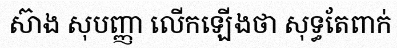
ស៊ាង សុបញ្ញា លើកឡើងថា សុទ្ធតែពាក់